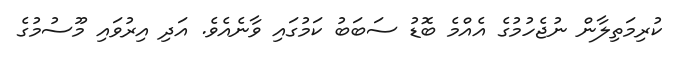
ކުރިމަތިލާން ނުޖެހުމުގެ އެއްމެ ބޮޑު ސަބަބު ކަމުގައި ވާނެއެވެ. އަދި އިރުވައި މޫސުމުގެ